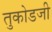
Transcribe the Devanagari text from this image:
तुकोडजी